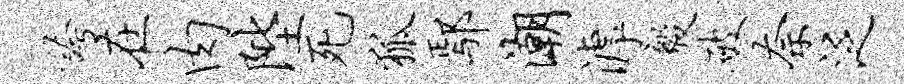
夸在肉陛死狐鄢潮滹毅破奈泛